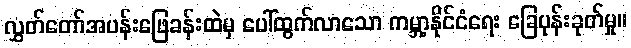
လွှတ်တော်အပန်းဖြေခန်းထဲမှ ပေါ်ထွက်လာသော ကမ္ဘာ့နိုင်ငံရေး ခြေပုန်းခုတ်မှု။